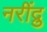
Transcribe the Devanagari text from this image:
नरींद्रु